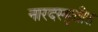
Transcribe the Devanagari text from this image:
नारदस्मृतीत